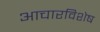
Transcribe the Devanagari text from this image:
आचारविशेष